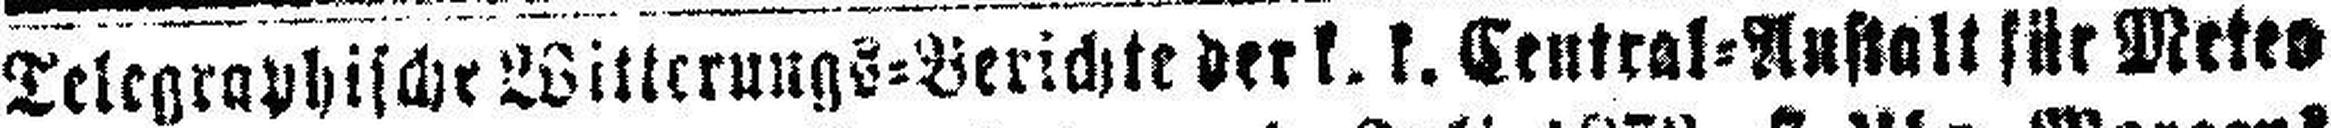
Telegraphische Witterungs=Berichte der k. k. Central=Anstalt für Meteo